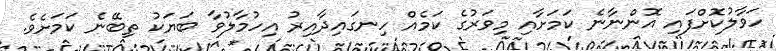
ހަވާލުކޮށްފައި އޮންނާނެ ކަމަށާއި މިވަރުގެ ކަމެއް ހިނގައިދާއިރު އިހުމާލުވާ ބަޔަކު ތިބޭނެ ކަމަށެވެ.